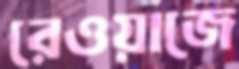
রেওয়াজে